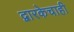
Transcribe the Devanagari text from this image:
द्वारकेचाही